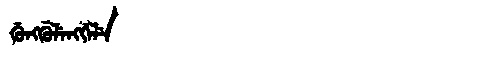
Manchu: ᡤᡠᠩᡤᡠᠯᡝᠩᡤᡝᠯᡝ
Romanization: GUNGGULENGGELE